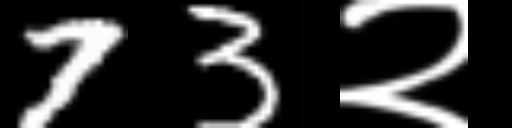
Text: 73२